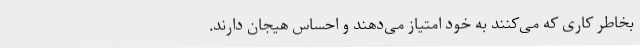
بخاطر کاری که می‌کنند به خود امتیاز می‌دهند و احساس هیجان دارند.